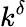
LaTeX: k^{\delta}